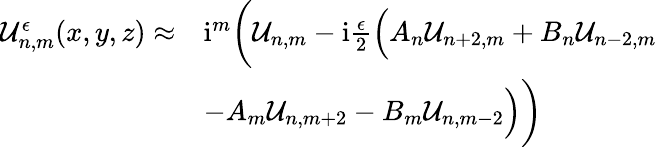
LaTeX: \begin{array}{rl}{\mathcal{U}_{n,m}^{\epsilon}(x,y,z)\approx}&{\mathrm{i}^{m}\bigg(\mathcal{U}_{n,m}-\mathrm{i}\frac{\epsilon}{2}\Big(A_{n}\mathcal{U}_{n+2,m}+B_{n}\mathcal{U}_{n-2,m}}\\ &{-A_{m}\mathcal{U}_{n,m+2}-B_{m}\mathcal{U}_{n,m-2}\Big)\bigg)}\end{array}